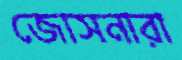
জোসনারা